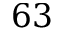
6 3